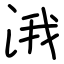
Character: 涐